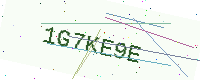
Text: 1G7KE9E